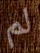
لم